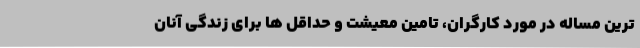
ترین مساله در مورد کارگران، تامین معیشت و حداقل ها برای زندگی آنان